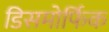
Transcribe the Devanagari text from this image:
डिसमोर्फिक